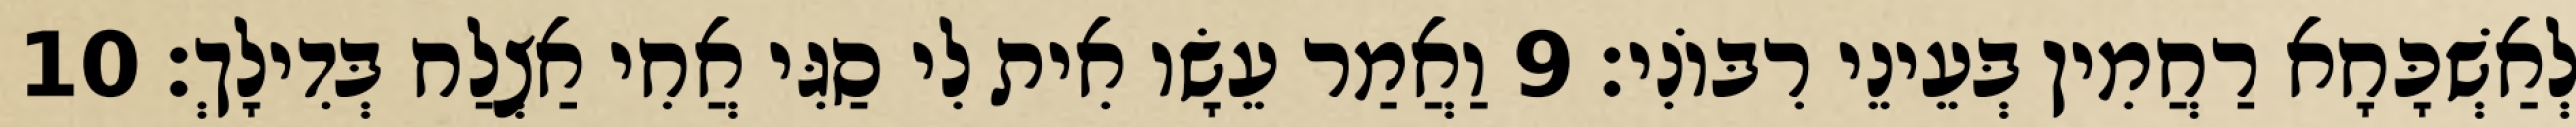
לְאַשְׁכָּחָא רַחֲמִין בְּעֵינֵי רִבּוֹנִי׃ 9 וַאֲמַר עֵשָׂו אִית לִי סַגִּי אֲחִי אַצְלַח בְּדִילָךְ׃ 10